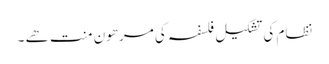
نظام کی تشکیل فلسفہ کی مرھون منت ھے ۔